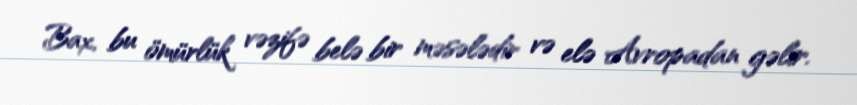
Bax, bu ömürlük vəzifə belə bir məsələdir və elə Avropadan gəlir.